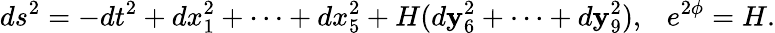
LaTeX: ds^{2}=-dt^{2}+dx_{1}^{2}+\cdots+dx_{5}^{2}+H(d\mathbf{y}_{6}^{2}+\cdots+d\mathbf{y}_{9}^{2}),\ \ \ e^{2\phi}=H.